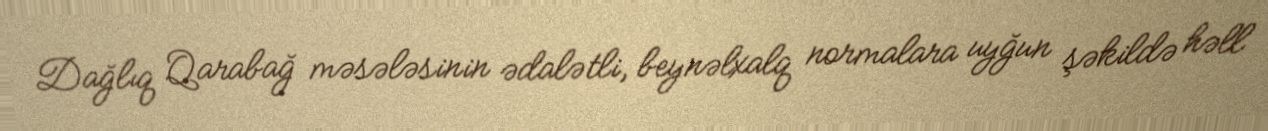
Dağlıq Qarabağ məsələsinin ədalətli, beynəlxalq normalara uyğun şəkildə həll